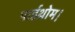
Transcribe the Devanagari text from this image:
पाईथ्रोम।